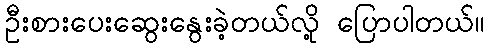
ဦးစားပေးဆွေးနွေးခဲ့တယ်လို့ ပြောပါတယ်။